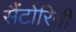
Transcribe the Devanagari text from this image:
सैंटोरिनी